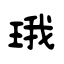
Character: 珴